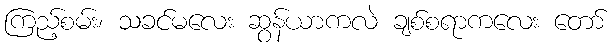
ကြည့်စမ်း၊ သခင်မလေး ဆွန်ယာကလဲ ချစ်စရာကလေး တော်